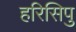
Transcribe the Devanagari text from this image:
हरिसिपु